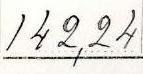
142,24